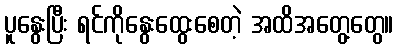
ပူနွေးပြီး ရင်ကိုနွေးထွေးစေတဲ့ အထိအတွေ့တွေ။